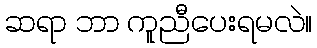
ဆရာ ဘာ ကူညီပေးရမလဲ။